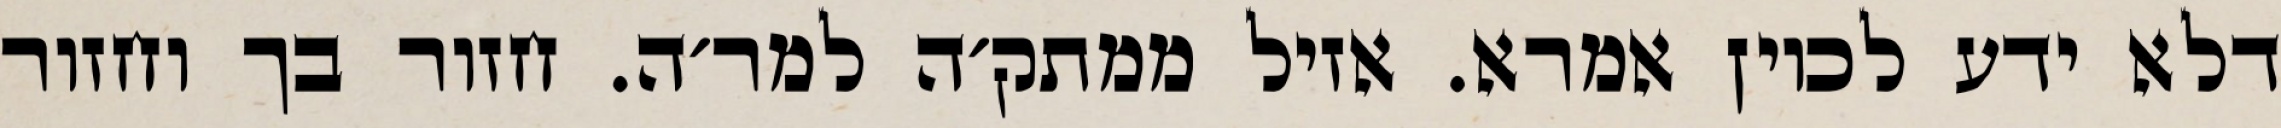
דלא ידע לכוין אמרא. אזיל ממתק׳ה למר׳ה. חזור בך וחזור